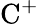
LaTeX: \mathrm{C^{+}}